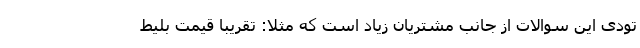
تودی این سوالات از جانب مشتریان زیاد است که مثلا: تقریبا قیمت بلیط